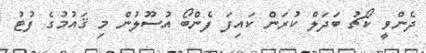
ދެންވީ ކޯޗު ބަދަލް ކުރަން ކައިފަ ފެންބޯ އުސޫލުން މި ޤައުމުގެ ފުޓު